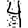
Digit: 4